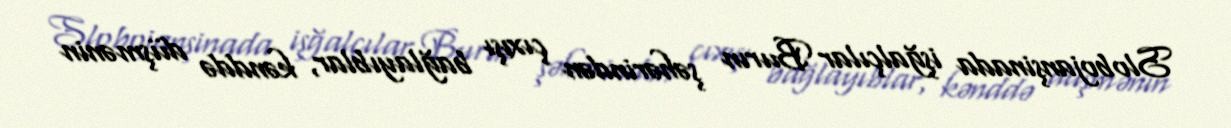
Slobojanşinada işğalçılar Burın şəhərindən çıxışı bağlayıblar, kənddə düşmənin